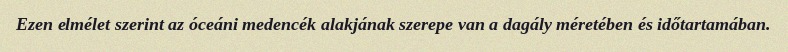
Ezen elmélet szerint az óceáni medencék alakjának szerepe van a dagály méretében és időtartamában.